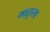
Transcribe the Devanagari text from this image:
मातृत्त्व